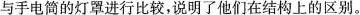
与手电筒的灯罩进行比较，说明了他们在结构上的区别。